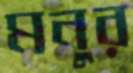
মনুর